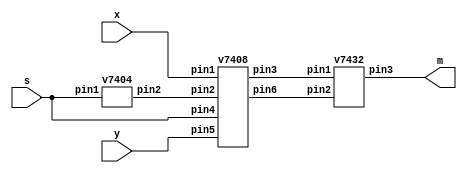
module mux2to1 (input x,y,s, output m);

wire w1, w2, w3;
v7404 N1(.pin1(s),.pin2(w1));
v7408 A1(.pin1(x),.pin2(w1),.pin3(w2),  .pin4(s),.pin5(y),.pin6(w3));
v7432 O1(.pin1(w2),.pin2(w3),.pin3(m));

endmodule//mux2to1



module v7404 (input pin1, pin3, pin5, pin13, pin11, pin9,
				  output pin2, pin4, pin6, pin12, pin10, pin8 );
				  
assign pin2 = !pin1; 
assign pin4 = !pin3; 
assign pin6 = !pin5; 
assign pin12 = !pin13;
assign pin10 = !pin11; 
assign pin8 = !pin9; 

endmodule // v7404(NOT gate)



module v7408 (input pin1,pin2, pin4,pin5, pin13,pin12, pin10,pin9,
				output pin3,pin6,pin11,pin8);
				
assign pin3 = pin1 & pin2;
assign pin6 = pin4 & pin5;
assign pin11 = pin13 & pin12;
assign pin8 = pin10 & pin9;
				
endmodule //v7408(AND gate)



module v7432 (input pin1,pin2, pin4,pin5, pin13,pin12, pin10,pin9,
				output pin3,pin6,pin11,pin8);
				
assign pin3 = pin1 | pin2;
assign pin6 = pin4 | pin5;
assign pin11 = pin13 | pin12;
assign pin8 = pin10 | pin9;
				
endmodule //v7408(AND gate)